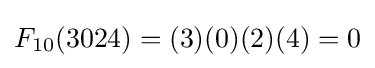
F_{10}(3024)=(3)(0)(2)(4)=0